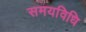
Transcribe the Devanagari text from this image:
समयविधि